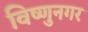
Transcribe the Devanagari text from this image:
विष्णुनगर